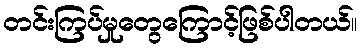
တင်းကြပ်မှုတွေကြောင့်ဖြစ်ပါတယ်။